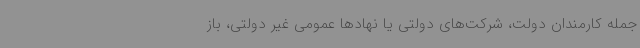
جمله کارمندان دولت، شرکت‌های دولتی یا نهادها عمومی غیر دولتی، باز